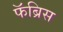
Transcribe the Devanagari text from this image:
फॅब्रिस